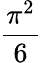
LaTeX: \frac{\pi^{2}}{6}